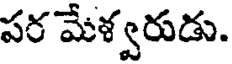
పర మేళ్వరుడు.